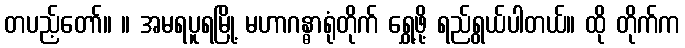
တပည့်တော်။ ။ အမရပူရမြို့ မဟာဂန္ဓာရုံတိုက် ရွှေ့ဖို့ ရည်ရွယ်ပါတယ်။ ထို တိုက်က